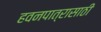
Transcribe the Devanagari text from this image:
हवनपात्रासाठी